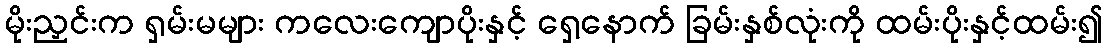
မိုးညှင်းက ရှမ်းမများ ကလေးကျောပိုးနှင့် ရှေ့နောက် ခြမ်းနှစ်လုံးကို ထမ်းပိုးနှင့်ထမ်း၍